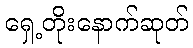
ရှေ့တိုးနောက်ဆုတ်